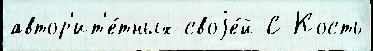
автор'ит'е́тных своjе́й С Кость